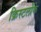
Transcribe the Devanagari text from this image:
क्रिस्टलोंके